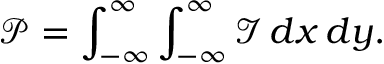
\mathcal { P } = \int _ { - \infty } ^ { \infty } \int _ { - \infty } ^ { \infty } \mathcal { I } \, d x \, d y .